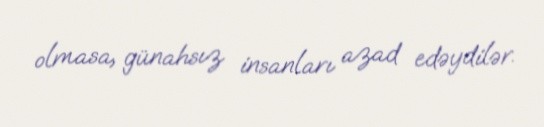
olmasa, günahsız insanları azad edəydilər.